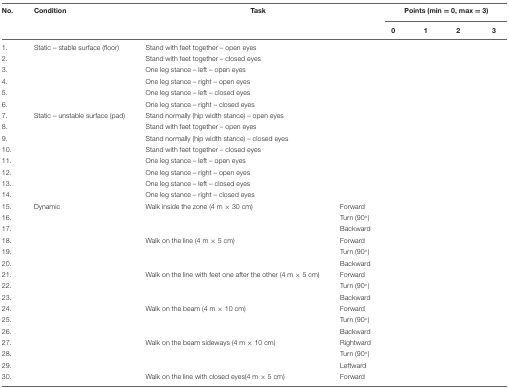
<table><thead><tr><td><b>No.</b></td><td><b>Condition</b></td><td colspan="2"><b>Task</b></td><td colspan="4"><b>Points (min = 0, max = 3)</b></td></tr><tr><td></td><td></td><td colspan="2"></td><td><b>0</b></td><td><b>1</b></td><td><b>2</b></td><td><b>3</b></td></tr></thead><tbody><tr><td>1.</td><td>Static – stable surface (floor)</td><td colspan="2">Stand with feet together – open eyes</td><td></td><td></td><td></td><td></td></tr><tr><td>2.</td><td></td><td colspan="2">Stand with feet together – closed eyes</td><td></td><td></td><td></td><td></td></tr><tr><td>3.</td><td></td><td colspan="2">One leg stance – left – open eyes</td><td></td><td></td><td></td><td></td></tr><tr><td>4.</td><td></td><td colspan="2">One leg stance – right – open eyes</td><td></td><td></td><td></td><td></td></tr><tr><td>5.</td><td></td><td colspan="2">One leg stance – left – closed eyes</td><td></td><td></td><td></td><td></td></tr><tr><td>6.</td><td></td><td colspan="2">One leg stance – right – closed eyes</td><td></td><td></td><td></td><td></td></tr><tr><td>7.</td><td>Static – unstable surface (pad)</td><td colspan="2">Stand normally (hip width stance) – open eyes</td><td></td><td></td><td></td><td></td></tr><tr><td>8.</td><td></td><td colspan="2">Stand with feet together – open eyes</td><td></td><td></td><td></td><td></td></tr><tr><td>9.</td><td></td><td colspan="2">Stand normally (hip width stance) – closed eyes</td><td></td><td></td><td></td><td></td></tr><tr><td>10.</td><td></td><td colspan="2">Stand with feet together – closed eyes</td><td></td><td></td><td></td><td></td></tr><tr><td>11.</td><td></td><td colspan="2">One leg stance – left – open eyes</td><td></td><td></td><td></td><td></td></tr><tr><td>12.</td><td></td><td colspan="2">One leg stance – right – open eyes</td><td></td><td></td><td></td><td></td></tr><tr><td>13.</td><td></td><td colspan="2">One leg stance – left – closed eyes</td><td></td><td></td><td></td><td></td></tr><tr><td>14.</td><td></td><td colspan="2">One leg stance – right – closed eyes</td><td></td><td></td><td></td><td></td></tr><tr><td>15.</td><td>Dynamic</td><td>Walk inside the zone (4 m × 30 cm)</td><td>Forward</td><td></td><td></td><td></td><td></td></tr><tr><td>16.</td><td></td><td></td><td>Turn (90°)</td><td></td><td></td><td></td><td></td></tr><tr><td>17.</td><td></td><td></td><td>Backward</td><td></td><td></td><td></td><td></td></tr><tr><td>18.</td><td></td><td>Walk on the line (4 m × 5 cm)</td><td>Forward</td><td></td><td></td><td></td><td></td></tr><tr><td>19.</td><td></td><td></td><td>Turn (90°)</td><td></td><td></td><td></td><td></td></tr><tr><td>20.</td><td></td><td></td><td>Backward</td><td></td><td></td><td></td><td></td></tr><tr><td>21.</td><td></td><td>Walk on the line with feet one after the other (4 m × 5 cm)</td><td>Forward</td><td></td><td></td><td></td><td></td></tr><tr><td>22.</td><td></td><td></td><td>Turn (90°)</td><td></td><td></td><td></td><td></td></tr><tr><td>23.</td><td></td><td></td><td>Backward</td><td></td><td></td><td></td><td></td></tr><tr><td>24.</td><td></td><td>Walk on the beam (4 m × 10 cm)</td><td>Forward</td><td></td><td></td><td></td><td></td></tr><tr><td>25.</td><td></td><td></td><td>Turn (90°)</td><td></td><td></td><td></td><td></td></tr><tr><td>26.</td><td></td><td></td><td>Backward</td><td></td><td></td><td></td><td></td></tr><tr><td>27.</td><td></td><td>Walk on the beam sideways (4 m × 10 cm)</td><td>Rightward</td><td></td><td></td><td></td><td></td></tr><tr><td>28.</td><td></td><td></td><td>Turn (90°)</td><td></td><td></td><td></td><td></td></tr><tr><td>29.</td><td></td><td></td><td>Leftward</td><td></td><td></td><td></td><td></td></tr><tr><td>30.</td><td></td><td>Walk on the line with closed eyes (4 m × 5 cm)</td><td>Forward</td><td></td><td></td><td></td><td></td></tr></tbody></table>